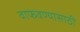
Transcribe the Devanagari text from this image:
वाफवण्यासाठी